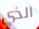
الذي